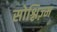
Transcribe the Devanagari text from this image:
सोश्लिज़्म